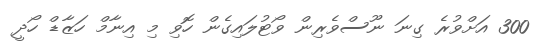
300 އަށްވުރެ ގިނަ ނޫސްވެރިން ވޯޓުލައިގެން ހޮވި މި އިނާމް ހަޒާޑް ހޯދީ